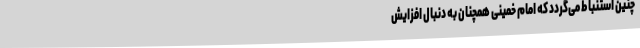
چنین‌ استنباط‌ می‌گردد که‌ امام‌ خمینی‌ همچنان‌ به‌ دنبال‌ افزایش‌